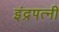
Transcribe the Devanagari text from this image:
इंद्रपत्‍नी